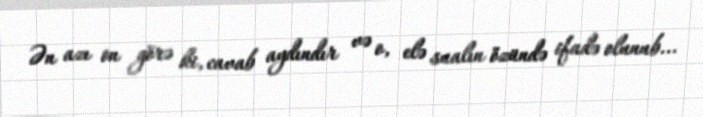
Ən azı on görə ki, cavab aydındır və o, elə sualın özündə ifadə olunub...